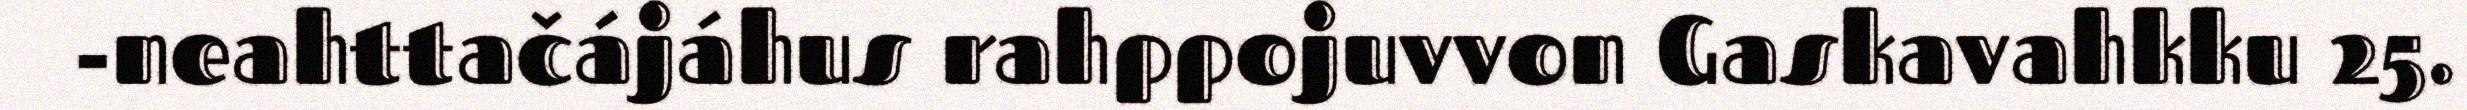
-neahttačájáhus rahppojuvvon Gaskavahkku 25.